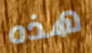
هذه